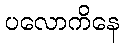
ပလောကိနေ